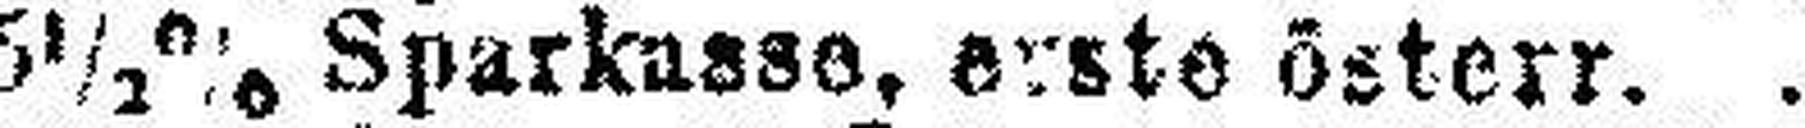
5½% Sparkasse, erste österr.